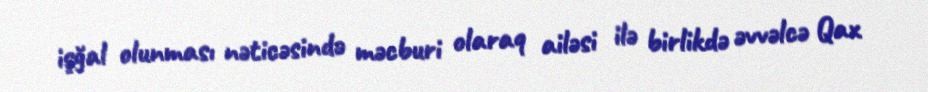
işğal olunması nəticəsində məcburi olaraq ailəsi ilə birlikdə əvvəlcə Qax